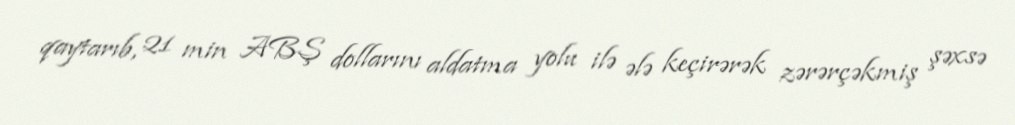
qaytarıb, 21 min ABŞ dollarını aldatma yolu ilə ələ keçirərək zərərçəkmiş şəxsə